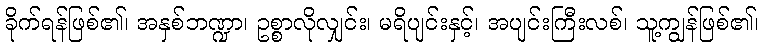
ခိုက်ရန်ဖြစ်၏၊ အနှစ်ဘဏ္ဍာ၊ ဥစ္စာလိုလျှင်း၊ မရိပျင်းနှင့်၊ အပျင်းကြီးလစ်၊ သူ့ကျွန်ဖြစ်၏၊